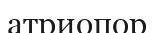
атриопор